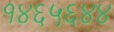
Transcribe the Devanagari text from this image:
१४६५६४४